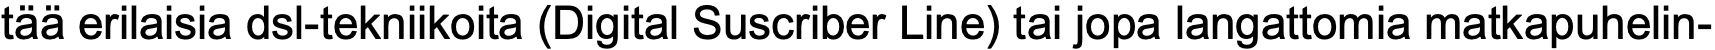
tää erilaisia dsl-tekniikoita (Digital Suscriber Line) tai jopa langattomia matkapuhelin-